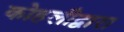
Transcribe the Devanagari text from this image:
कोहलीद्वारा